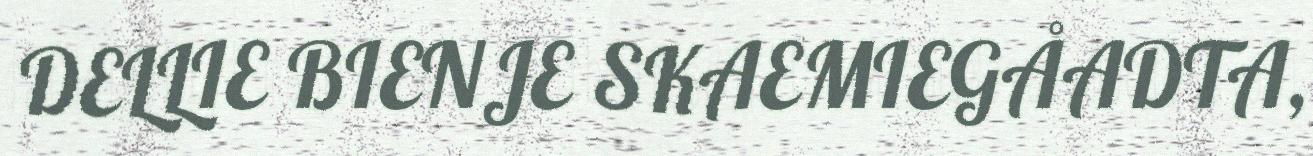
DELLIE BIENJE SKAEMIEGÅADTA,